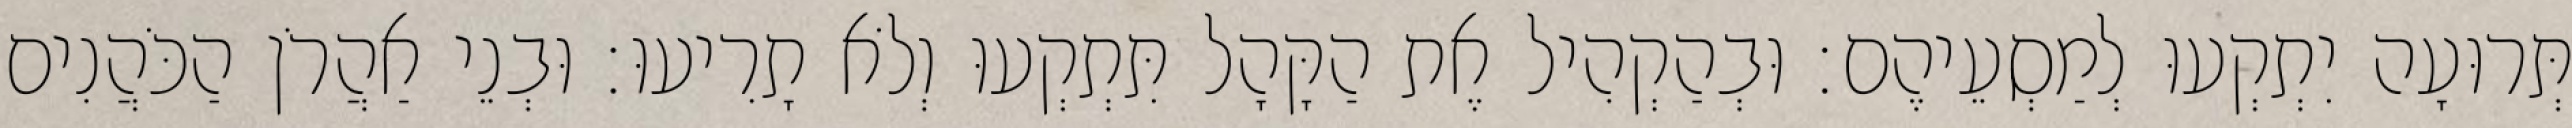
תְּרוּעָה יִתְקְעוּ לְמַסְעֵיהֶם׃ וּבְהַקְהִיל אֶת הַקָּהָל תִּתְקְעוּ וְלֹא תָרִיעוּ׃ וּבְנֵי אַהֲרֹן הַכֹּהֲנִים